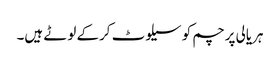
ہریالی پرچم کو سیلوٹ کرکے لوٹے ہیں۔